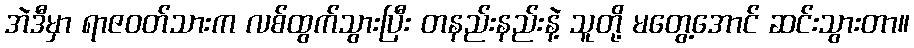
အဲဒီမှာ ရာဇဝတ်သားက လစ်ထွက်သွားပြီး တနည်းနည်းနဲ့ သူတို့ မတွေ့အောင် ဆင်းသွားတာ။